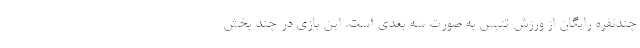
چندنفره رایگان از ورزش تنیس به صورت سه بعدی است. این بازی در چند بخش